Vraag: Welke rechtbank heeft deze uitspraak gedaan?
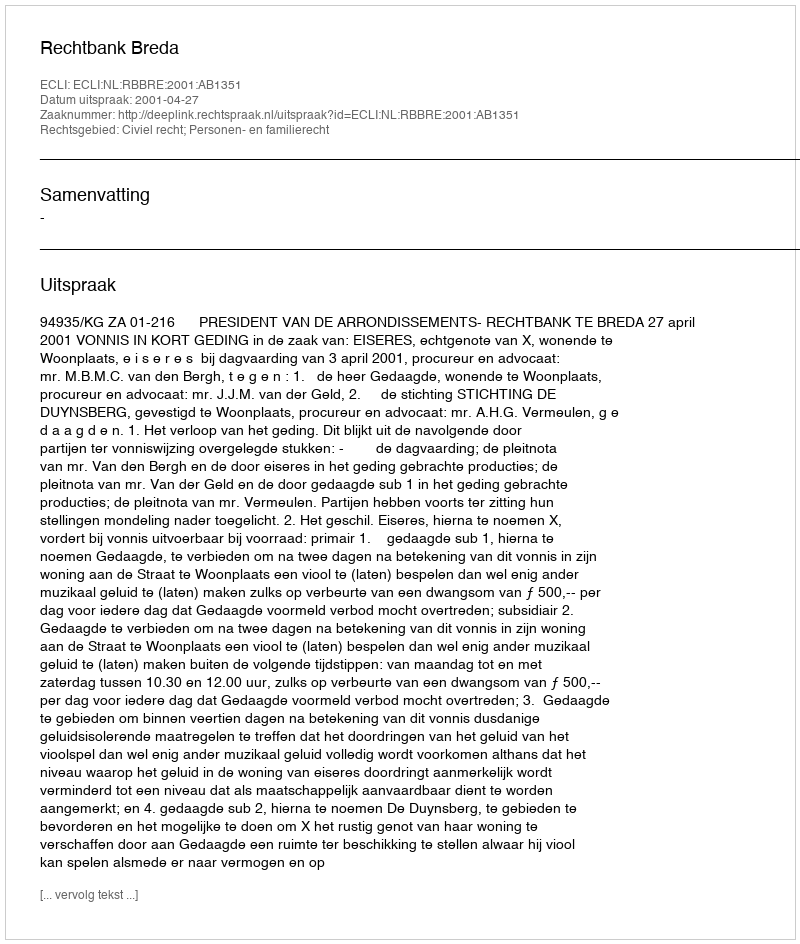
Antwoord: Rechtbank Breda